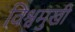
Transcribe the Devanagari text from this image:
विश्वमुखी